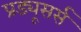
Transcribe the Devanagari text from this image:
प्रड्यूसर्स